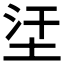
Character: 𡊺